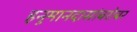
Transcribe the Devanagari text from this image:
हनुमानदासांबरोबर